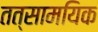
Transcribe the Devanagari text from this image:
तत्सामयिक